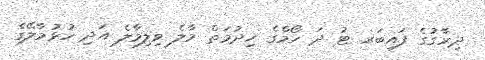
ދިރާގުގެ ފައިބަރ ޓު ދަ ހޯމްގެ ޚިދުމަތް މާލެ ވިލިމާލެ އަދި ހުޅުމާލޭގެ